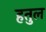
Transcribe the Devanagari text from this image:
हतुल